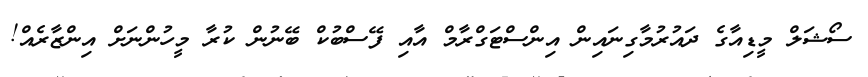
ސޯޝަލް މީޑިއާގެ ދައުރުމާގިނައިން އިންސްޓަގްރާމް އާއި ފޭސްބުކް ބޭނުން ކުރާ މީހުންނަށް އިންޒާރެއް!